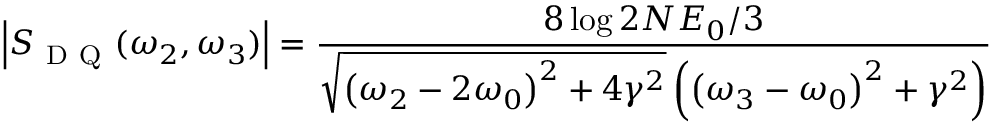
\left| S _ { \mathrm { ~ D ~ Q ~ } } ( \omega _ { 2 } , \omega _ { 3 } ) \right| = \frac { 8 \log 2 N E _ { 0 } / 3 } { \sqrt { \left( \omega _ { 2 } - 2 \omega _ { 0 } \right) ^ { 2 } + 4 \gamma ^ { 2 } } \left( \left( \omega _ { 3 } - \omega _ { 0 } \right) ^ { 2 } + \gamma ^ { 2 } \right) }